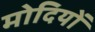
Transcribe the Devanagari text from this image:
मोदियों